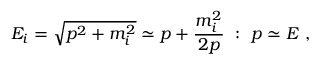
E _ { i } = \sqrt { p ^ { 2 } + m _ { i } ^ { 2 } } \simeq p + \frac { m _ { i } ^ { 2 } } { 2 p } ~ : ~ p \simeq E ~ ,